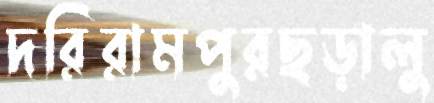
দরিরামপুরছড়ালু